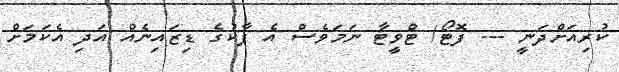
ކުރިއަށްދަނީ --- ފޮޓޯ/ ޓްވީޓާ ނަމަވެސް އެ ޕާކުގެ ޑިޒައިނެއް އަދި އެކަމަށް